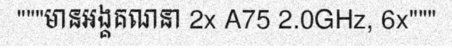
"""មានអង្គគណនា 2x A75 2.0GHz, 6x"""